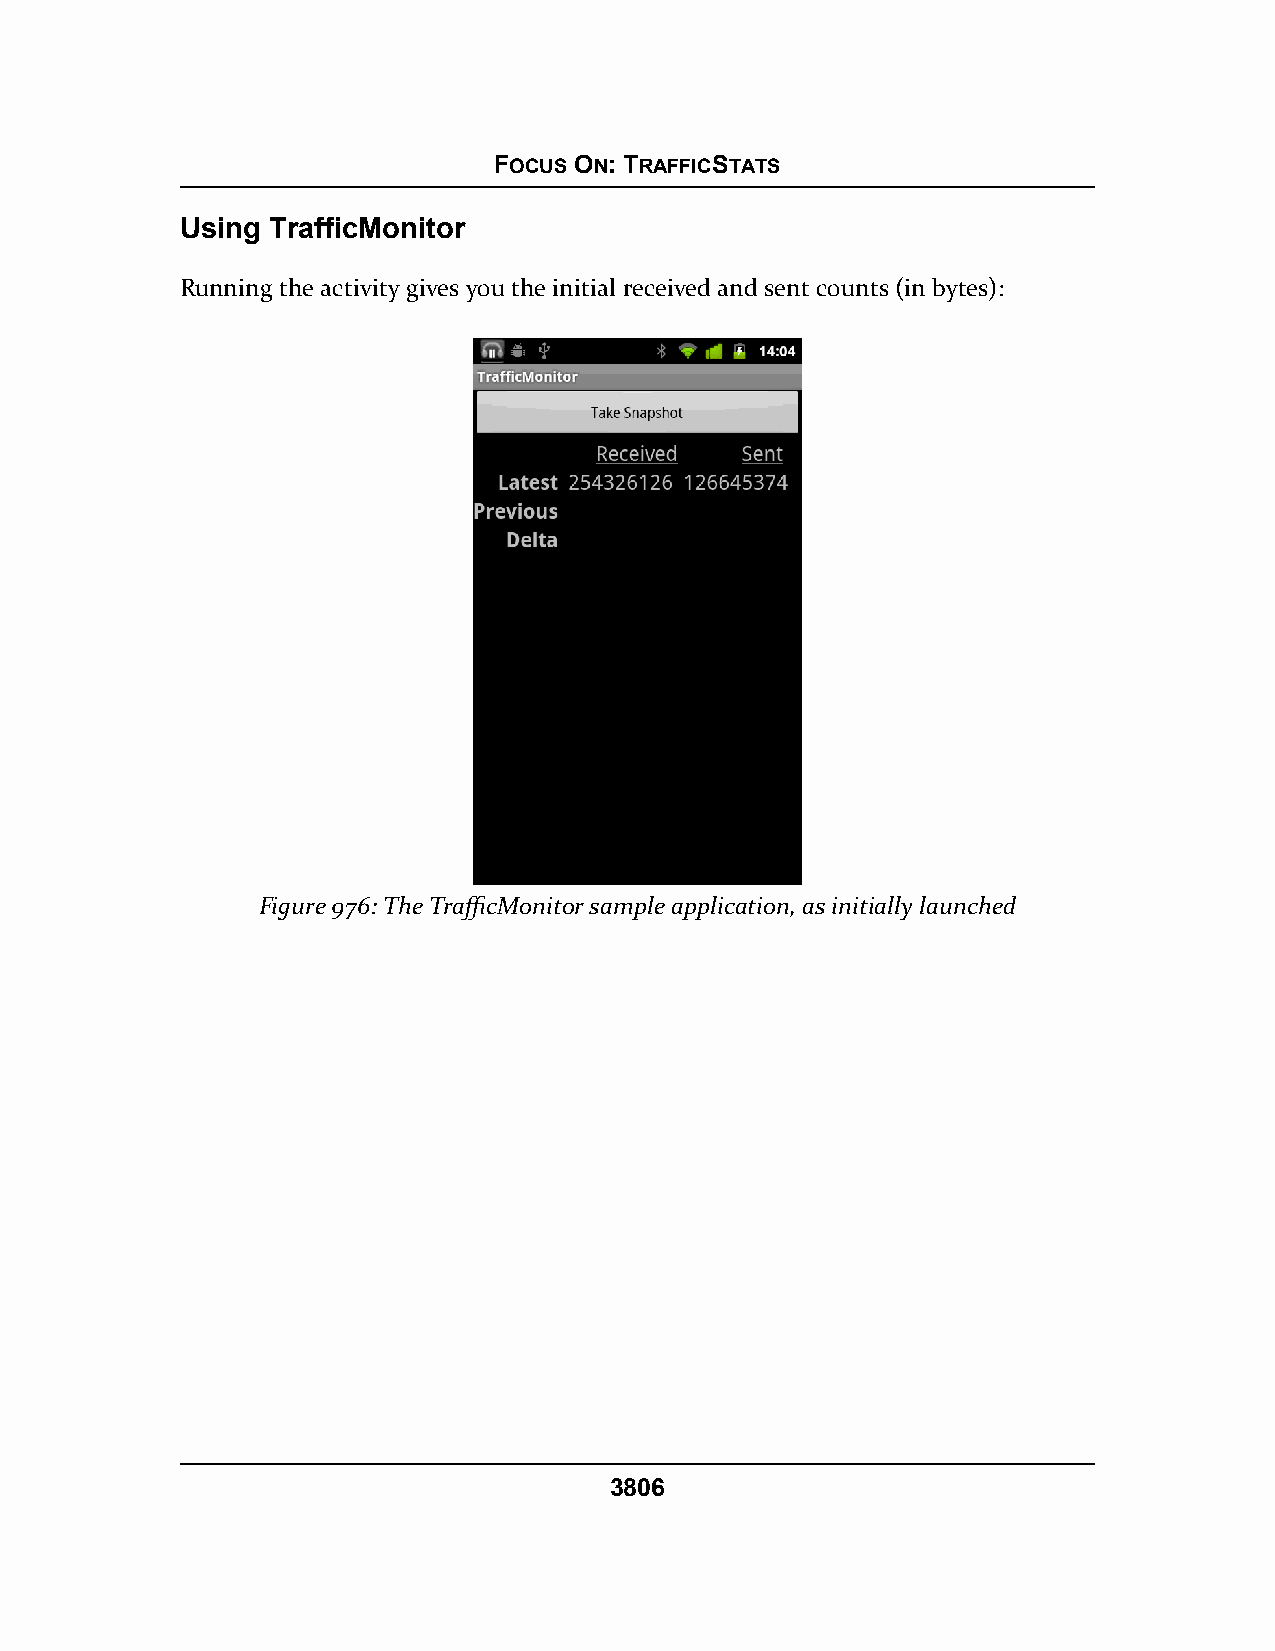
FOCUS ON: TRAFFICSTATS
 Using TrafficMonitor
 Running the activity gives you the initial received and sent counts (in bytes):
 Figure 976: The TrafficMonitor sample application, as initially launched
 3806